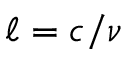
\ell = c / \nu